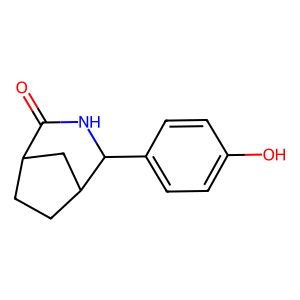
SMILES: O=C1NC(c2ccc(O)cc2)C2CCC1C2
Inhibits HIV replication: No